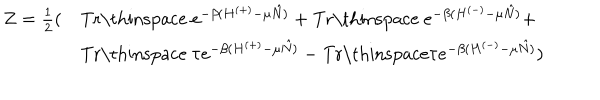
\begin{array} { l l } { { Z = \frac { 1 } { 2 } ( } } & { { \mathrm { T r \thinspace ~ } e ^ { - \beta ( H ^ { ( + ) } - \mu \hat { N } ) } + \mathrm { T r \thinspace ~ } e ^ { - \beta ( H ^ { ( - ) } - \mu \hat { N } ) } + } } \\ { { } } & { { \mathrm { T r \thinspace ~ } \tau e ^ { - \beta ( H ^ { ( + ) } - \mu \hat { N } ) } - \mathrm { T r \thinspace } \tau e ^ { - \beta ( H ^ { ( - ) } - \mu \hat { N } ) } ) } } \\ \end{array}